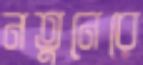
নতুনেরে